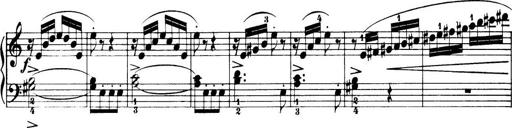
Title: 32 Sonatinas and Rondos for the Piano
Composer: Richard Kleinmichel